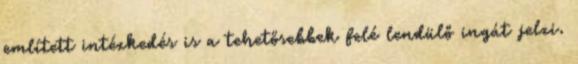
említett intézkedés is a tehetősebbek felé lendülő ingát jelzi.